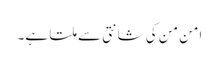
امن من کی شانتی سے ملتا ہے۔